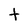
Character: t